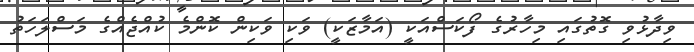
ވިދާޅުވި ގޮތުގައި މިހާރުގެ ފޯކަސްއަކީ (އަމާޒަކީ) ވަކި ވަކިން ކޮންމެ ކުއްޖެއްގެ މަސްލަހަތު